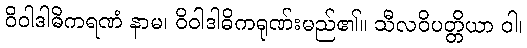
ဝိဝါဒါဓိကရဏံ နာမ၊ ဝိဝါဒါဓိကရုဏ်းမည်၏။ သီလဝိပတ္တိယာ ဝါ၊